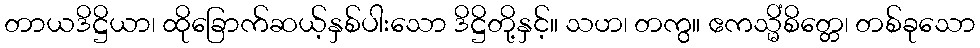
တာယဒိဋ္ဌိယာ၊ ထိုခြောက်ဆယ့်နှစ်ပါးသော ဒိဋ္ဌိတို့နှင့်။ သဟ၊ တကွ။ ဧကသ္မိံစိတ္တေ၊ တစ်ခုသော